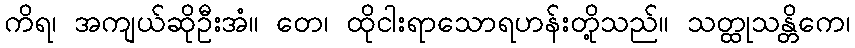
ကိရ၊ အကျယ်ဆိုဦးအံ။ တေ၊ ထိုငါးရာသောရဟန်းတို့သည်။ သတ္ထုသန္တိကေ၊